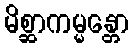
မိစ္ဆာကမ္မန္တော